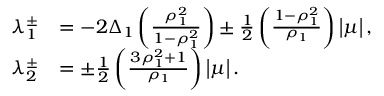
\begin{array} { r l } { \lambda _ { 1 } ^ { \pm } } & { = - 2 \Delta _ { 1 } \left( \frac { \rho _ { 1 } ^ { 2 } } { 1 - \rho _ { 1 } ^ { 2 } } \right) \pm \frac { 1 } { 2 } \left( \frac { 1 - \rho _ { 1 } ^ { 2 } } { \rho _ { 1 } } \right) \left| \mu \right| , } \\ { \lambda _ { 2 } ^ { \pm } } & { = \pm \frac { 1 } { 2 } \left( \frac { 3 \rho _ { 1 } ^ { 2 } + 1 } { \rho _ { 1 } } \right) \left| \mu \right| . } \end{array}